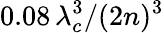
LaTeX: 0.08\, \lambda_{c}^{3}/(2n)^{3}